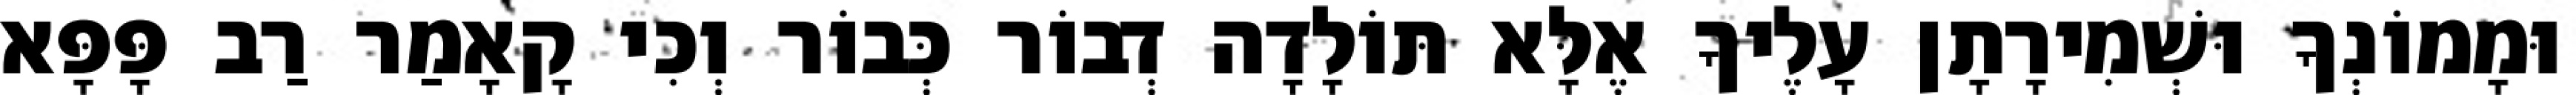
וּמָמוֹנְךָ וּשְׁמִירָתָן עָלֶיךָ אֶלָּא תּוֹלָדָה דְבוֹר כְּבוֹר וְכִי קָאָמַר רַב פָּפָּא